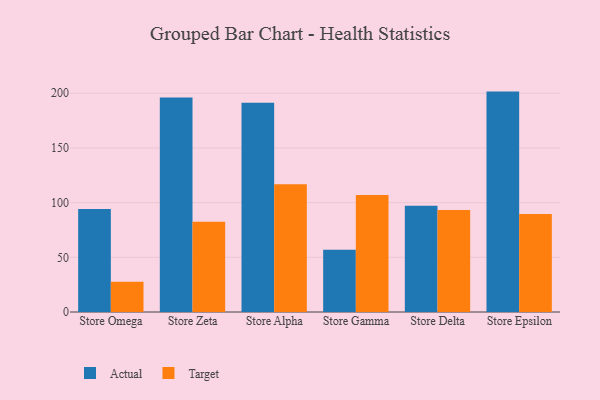
{"axis": {"x": "Store", "y": "Revenue (USD Million)"}, "legend": ["Actual", "Target"], "data": [{"x": "Store Omega", "y": 94.1, "type": "Actual"}, {"x": "Store Omega", "y": 27.6, "type": "Target"}, {"x": "Store Zeta", "y": 196.1, "type": "Actual"}, {"x": "Store Zeta", "y": 82.4, "type": "Target"}, {"x": "Store Alpha", "y": 191.4, "type": "Actual"}, {"x": "Store Alpha", "y": 116.8, "type": "Target"}, {"x": "Store Gamma", "y": 56.9, "type": "Actual"}, {"x": "Store Gamma", "y": 107.0, "type": "Target"}, {"x": "Store Delta", "y": 97.2, "type": "Actual"}, {"x": "Store Delta", "y": 93.2, "type": "Target"}, {"x": "Store Epsilon", "y": 201.5, "type": "Actual"}, {"x": "Store Epsilon", "y": 89.5, "type": "Target"}]}